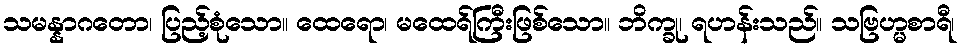
သမန္နာဂတော၊ ပြည့်စုံသော။ ထေရော၊ မထေရ်ကြီးဖြစ်သော။ ဘိက္ခု၊ ရဟန်းသည်။ သဗြဟ္မစာရီ၊